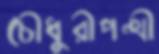
চৌধুরীপন্থী